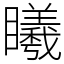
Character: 䂀